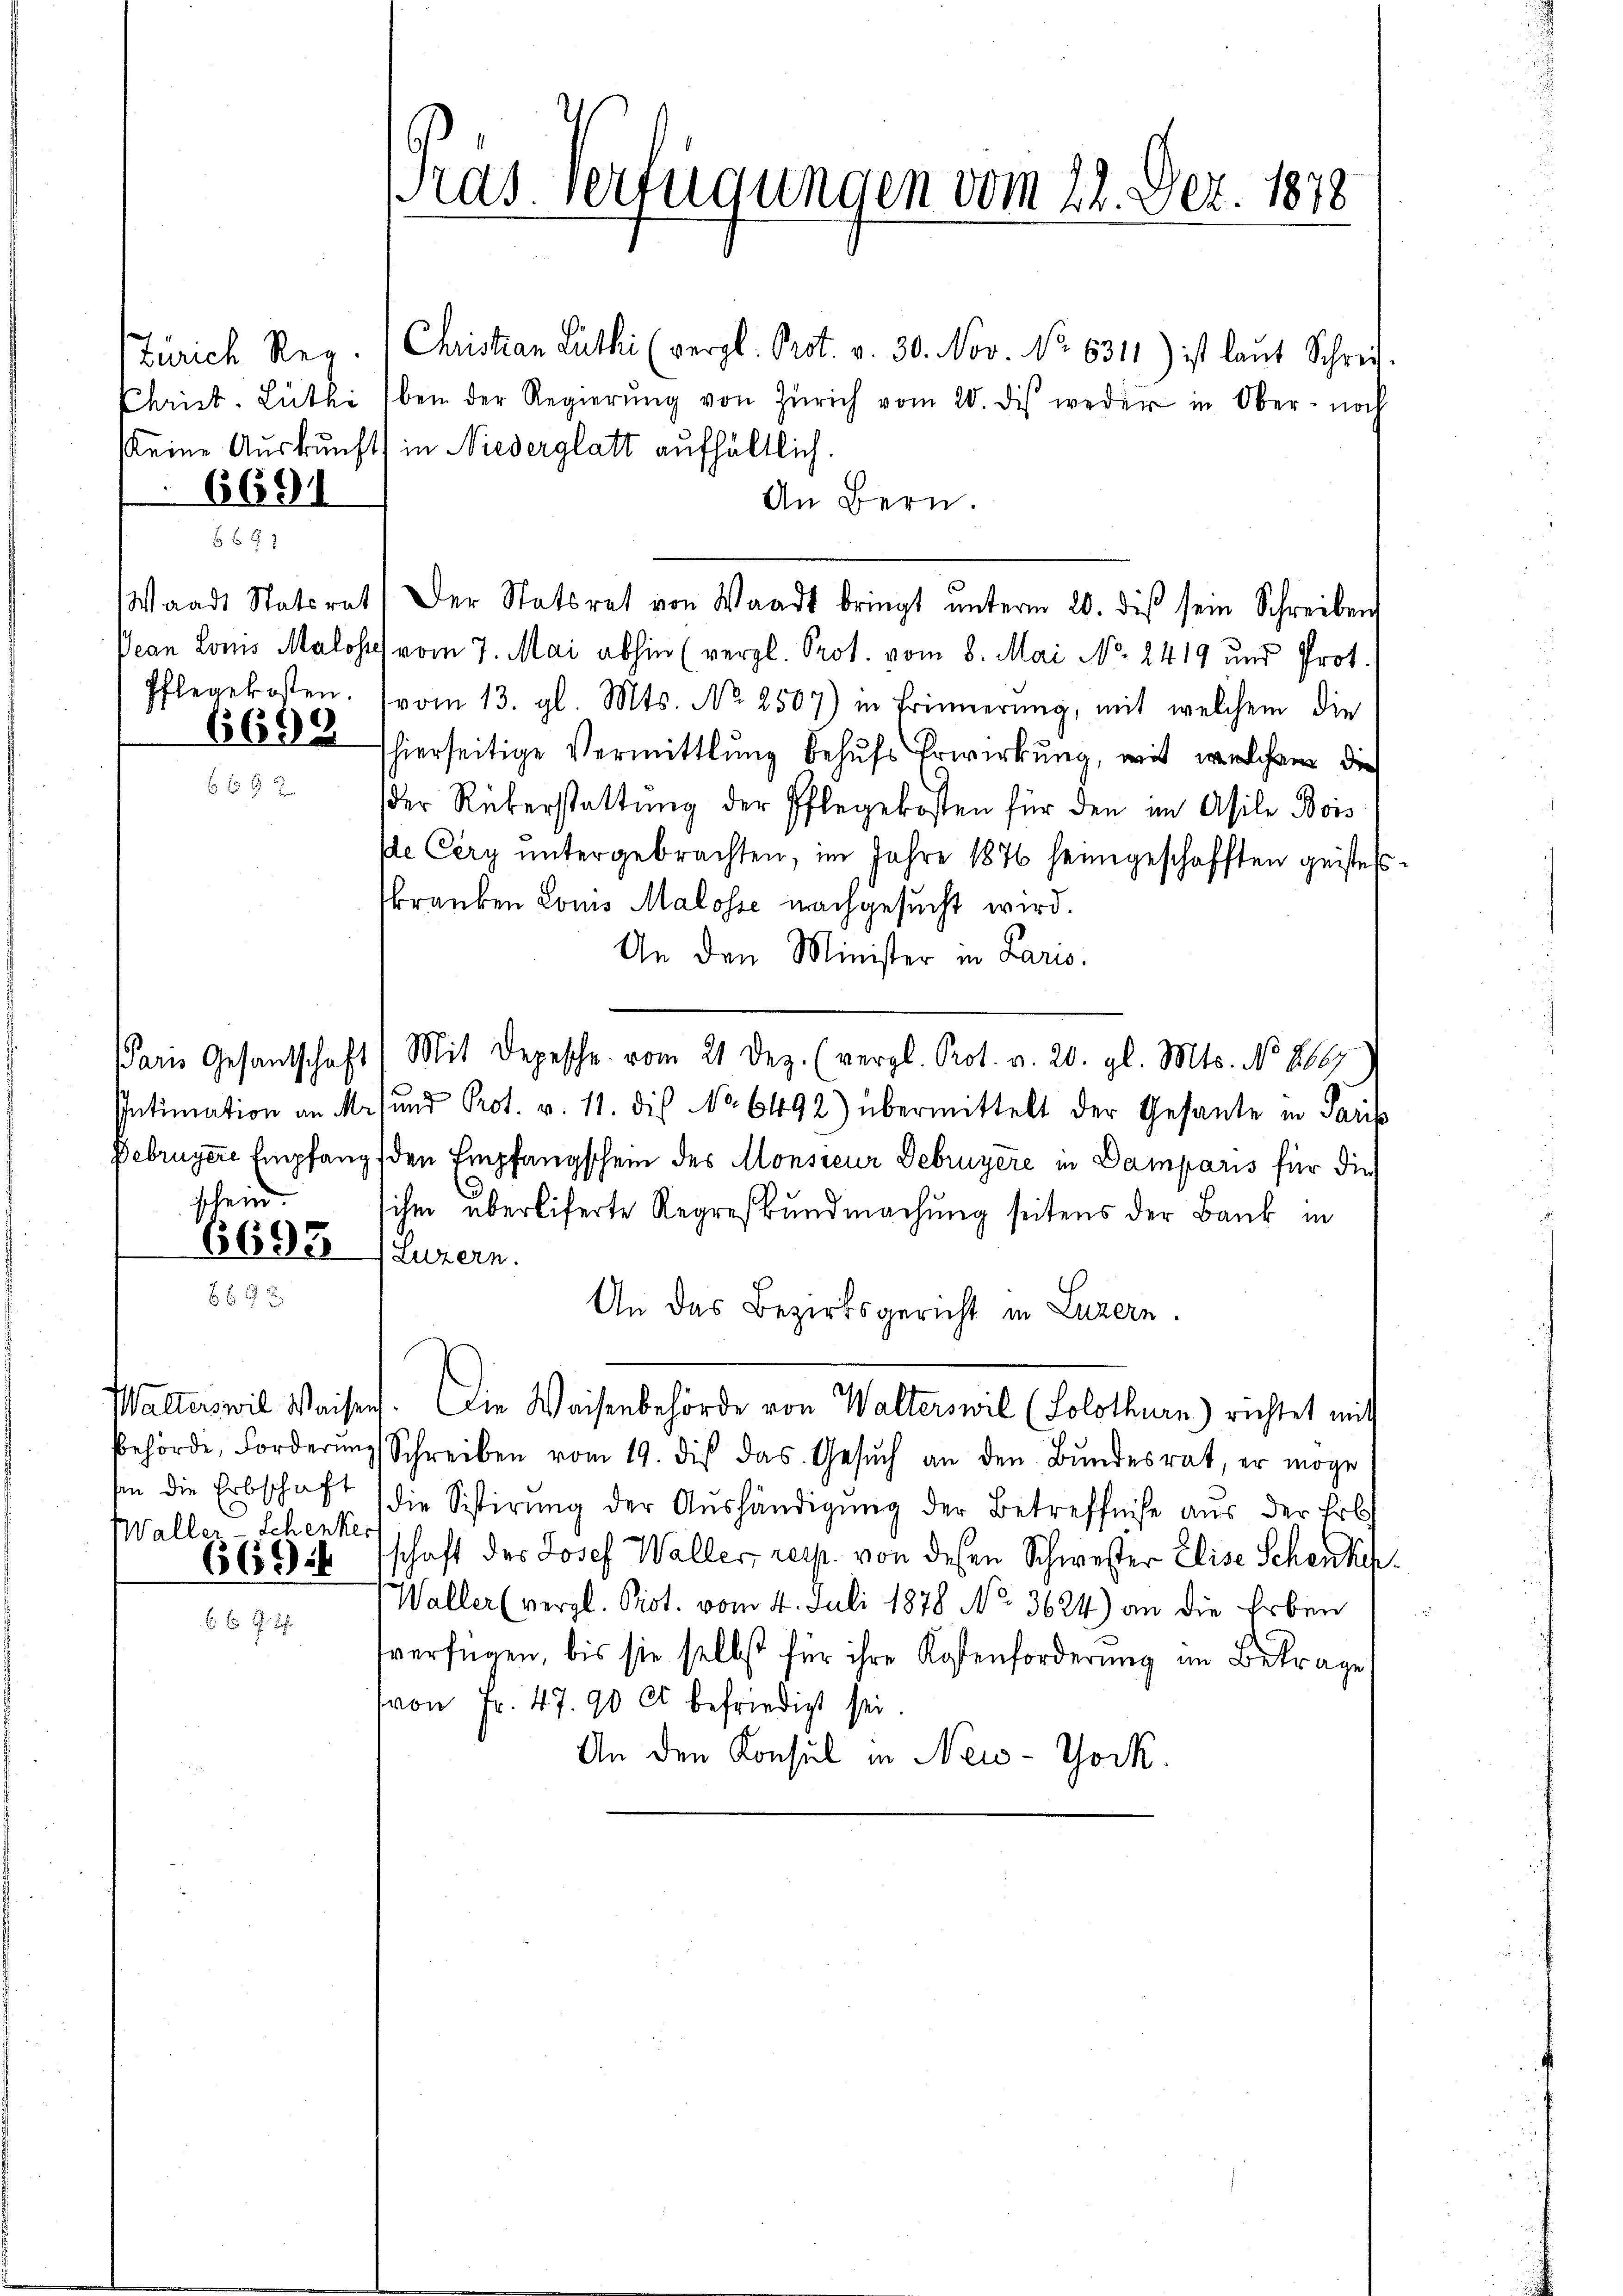
6681

Waadt Statsrat

6690

Paris Gesandtschaft
Intimation an M.
Februgere Empfang
schein.

6693

behörde, Forderung
sen die Erbschaft
Waller-Schenker
669

Pras. Verfügungen vom 22. Dez. 1878

Zürich Reg. 1 Christian Luthi (vergl. Prot. v. 30. Nov. No 6311) ist laut Schrei
Christ. Lŭthi (bei der Regierŭng von Zürich vom 20. des weder in Ober- noch
kkeine Auskunft in Niederglatt aufhältlich.
An Bern.
Der Statiret von Waadt bringt ŭnterm 20. diβ sein Schreiben
Dean Louis Maloses vom 7. Mai abhin (vergl. Prot. vom 8. Mai No 2419 und Prot.
Pflegekosten. vom 13. gl. Mts. No. 2507) in Erinnerung, mit welchem die
shierseitige Vermittlung behufs Erwirkung, mit welchem die
der Rükerstattung der Pflegekosten für den im Asile Bois
e Cery ŭntergebrachten, im Jahre 1876 heimgeschafften geiste
kranken Louis Malosse nachgesucht wird.
An den Minister in Paris.
Mit Depesche vom 21 Dez. (vergl. Prot. v. 20. gl. Mts. No 8667
sund Prot. v. 11. die No 6492) übermittelt der Gesante in Paris
den Empfangschein des Monsieur Februyère in Damparis für die
ihm überliferte Regresbundmachung seitens der Bank in
Luzern.
An das Bezirksgericht in Luzern.
Walterswil Waisen. Die Waisenbehörde von Walterswil (Solothurn) richtet mit
Schreiben vom 19. dis das Gesŭch an den Bŭndesrat, er möge
die Sistirŭng der Aŭshändigung der Betreffniße aus der Erbs
schaft des Josef Waller, resp. von desen Schwester Elise Schenkch
Waller (vergl. Prot. vom 4. Juli 1878 No. 3624) an die Erben
tverfügen, bis sie selbst für ihre Kostenforderung im Betrage
(von Fr. 47. 90 et befriedigt sei.
An den Konsul in New-York.